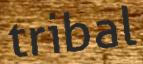
tribal